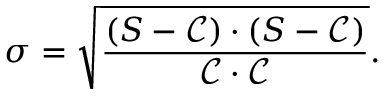
\sigma = \sqrt { \frac { ( S - \mathcal { C } ) \cdot ( S - \mathcal { C } ) } { \mathcal { C } \cdot \mathcal { C } } } .